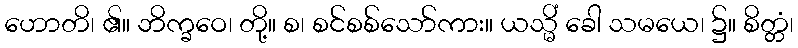
ဟောတိ၊ ၏။ ဘိက္ခဝေ၊ တို့။ စ၊ စင်စစ်သော်ကား။ ယသ္မိံ ခေါ သမယေ၊ ၌။ စိတ္တံ၊